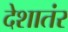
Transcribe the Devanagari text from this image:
देशातंर